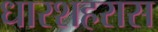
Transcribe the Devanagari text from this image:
धारशहरास